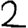
Digit: 2